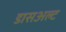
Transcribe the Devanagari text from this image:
डासअल्ट